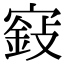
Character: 𡪵